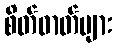
စိတ်ဓာတ်များ